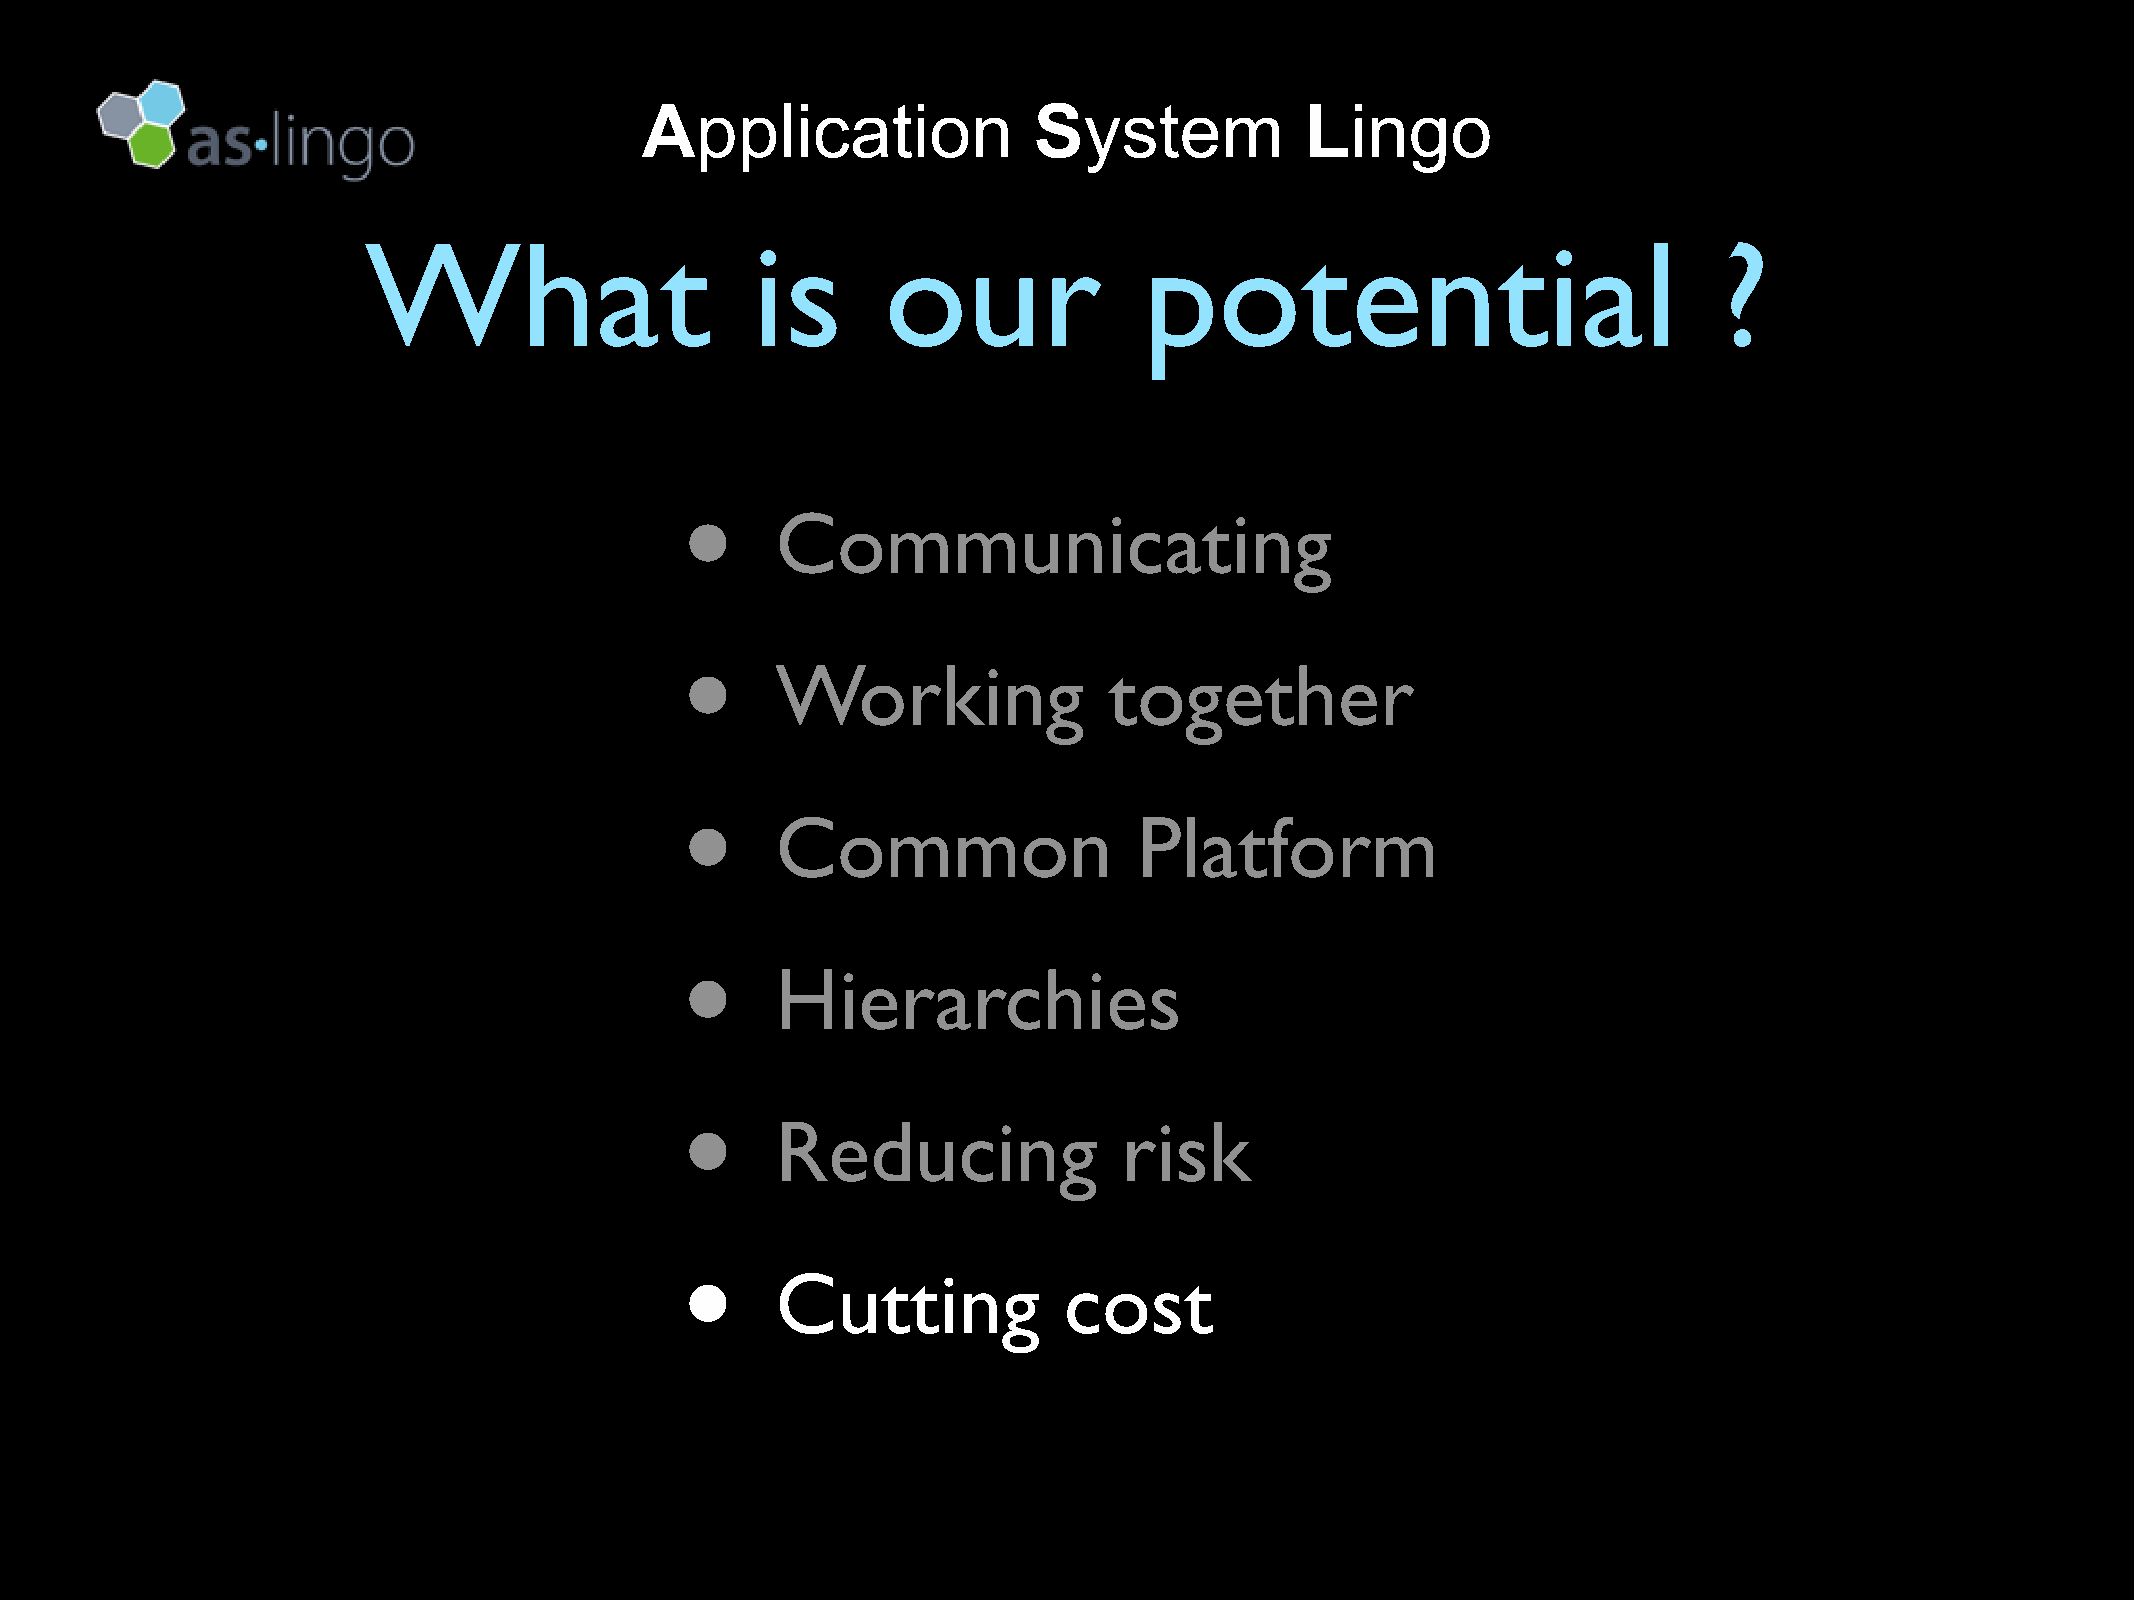
Application               System            Lingo
 What                      is       our              potential                             ?
 •
 Communicating
 •
 Working               together
 •
 Common                  Platform
 •
 Hierarchies
 •
 Reducing               risk
 •
 Cutting            cost